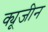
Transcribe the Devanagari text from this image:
क्यूजीन